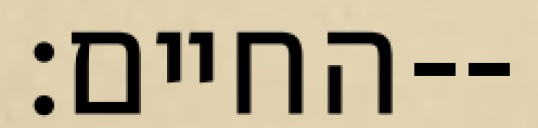
החיים׃--